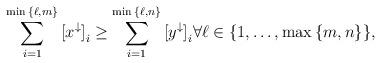
LaTeX: \begin{align*} \sum^{\min{\{\ell,m\}}} _{i=1} {[x^{\downarrow} ]}_i \ge \sum^{\min{\{\ell,n\}}}_{i=1} {[y^{\downarrow} ]}_i \forall \ell \in \{1,\ldots,\max{\{m,n\}} \},\end{align*}